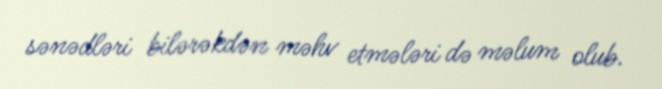
sənədləri bilərəkdən məhv etmələri də məlum olub.